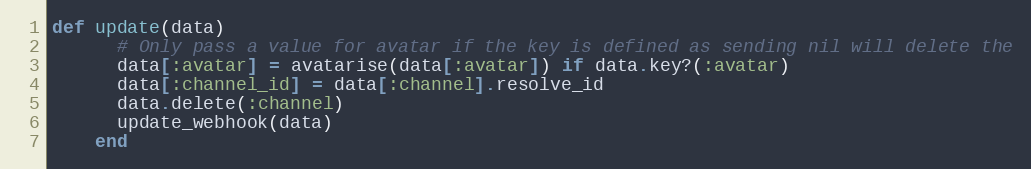
Language: Ruby
def update(data)
      # Only pass a value for avatar if the key is defined as sending nil will delete the
      data[:avatar] = avatarise(data[:avatar]) if data.key?(:avatar)
      data[:channel_id] = data[:channel].resolve_id
      data.delete(:channel)
      update_webhook(data)
    end